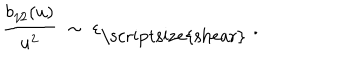
\frac { b _ { 1 \! / \! 2 } ( u ) } { u ^ { 2 } } \; \sim \; \varepsilon _ { \mathrm { \scriptsize { s h e a r } } } \; .